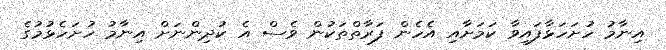
އިނާމު ހުށަހަޅާފައިވާ ކަމަށާއި އެހެން ފަރާތްތަކުން ވެސް އެ ކުދިންނަށް އިނާމު ހުށަހެޅުމުގެ